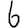
Digit: 6